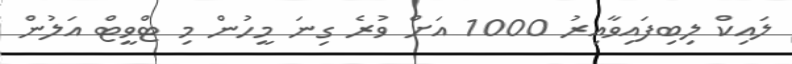
ލައިކް ލިބިފައިވާއިރު 1000 އަށް ވުރެ ގިނަ މީހުން މި ޓްވީޓް އަލުން